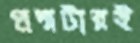
প্রশ্নটারই